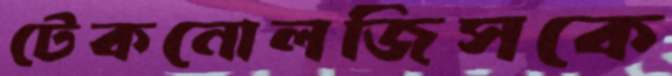
টেকনোলজিসকে